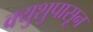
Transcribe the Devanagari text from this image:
क्युशुपासून